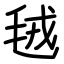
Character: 毧